Leaving Certificate, 1899
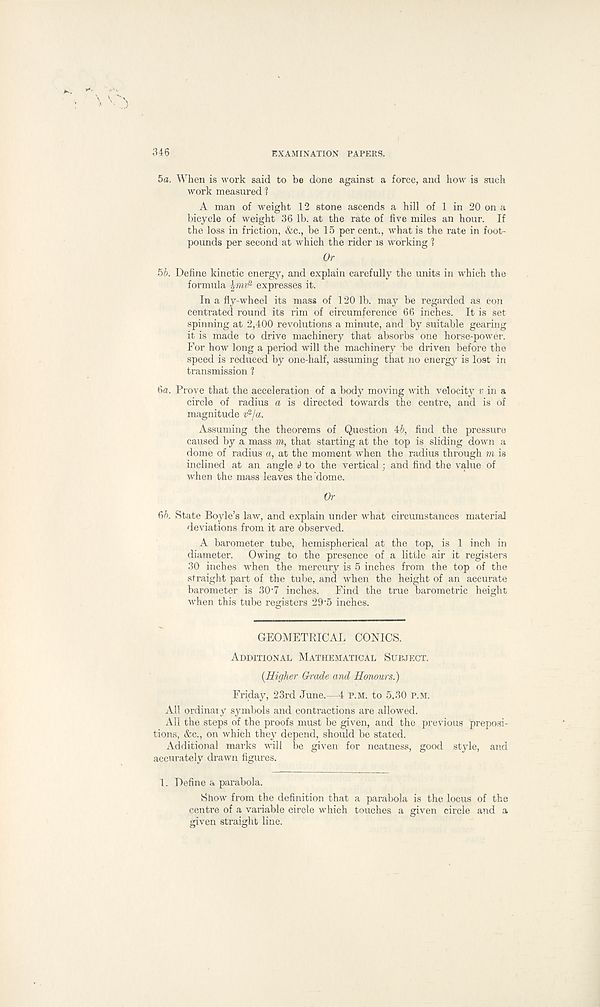
346
EXAMINATION PAPERS.
5a. When is work said to be done against a force, and how is such
work measured 1
A man of weight 12 stone ascends a hill of 1 in 20 on a
bicycle of weight 36 lb. at the rate of five miles an hour. If
the loss in friction, &c., be 15 per cent., what is the rate in foot-
pounds per second at which the rider is working 1
Or
5b. Define kinetic energy, and explain carefully the units in which the
formula j^mv 2 expresses it.
In a fly-wheel its mass of 120 lb. may be regarded as con
centrated round its rim of circumference 66 inches. It is set
spinning at 2,400 revolutions a minute, and by suitable gearing
it is made to drive machinery that absorbs one horse-power.
For how long a period will the machinery be driven before the
speed is reduced by one-half, assuming that no energy is lost in
transmission 1
6a. Prove that the acceleration of a body moving with velocity v in a
circle of radius a is directed towards the centre, and is of
magnitude v 2 /a.
Assuming the theorems of Question 45, find the pressure
caused by a mass m, that starting at the top is sliding down a
dome of radius a, at the moment when the radius through m is
inclined at an angle i ) to the vertical; and find the value of
when the mass leaves the dome.
Or
65. State Boyle’s law, and explain under what circumstances material
deviations from it are observed.
A barometer tube, hemispherical at the top, is 1 inch in
diameter. Owing to the presence of a little air it registers
30 inches when the mercury is 5 inches from the top of the
straight part of the tube, and when the height of an accurate
barometer is 30'7 inches. Find the true barometric height
when this tube registers 29'5 inches.
GEOMETRICAL CONICS.
Additional Mathematical Subject.
{Higher Grade and Honours.)
Friday, 23rd June.—4 p.m. to 5.30 p.m.
All ordinary symbols and contractions are allowed.
All the steps of the proofs must be given, and the previous preposi-
tions, &c., on which they depend, should be stated.
Additional marks will be given for neatness, good style, and
accurately drawn figures.
1. Define a parabola.
Show from the definition that a parabola is the locus of the
centre of a variable circle which touches a given circle and a
given straight line.